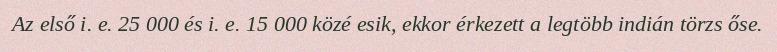
Az első i. e. 25 000 és i. e. 15 000 közé esik, ekkor érkezett a legtöbb indián törzs őse.